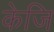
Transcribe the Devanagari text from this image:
केजि